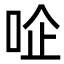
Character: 㖉